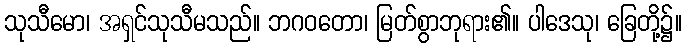
သုသီမော၊ အရှင်သုသီမသည်။ ဘဂဝတော၊ မြတ်စွာဘုရား၏။ ပါဒေသု၊ ခြေတို့၌။